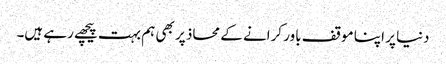
دنیا پر اپنا موقف باور کرانے کے محاذ پر بھی ہم بہت پیچھے رہے ہیں۔